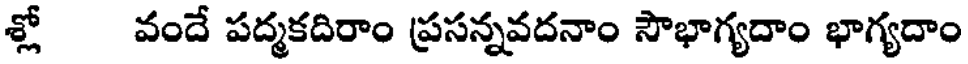
శ్లో వందే పద్మకదిరాం ప్రసన్నవదనాం సౌభాగ్యదాం భాగ్యదాం